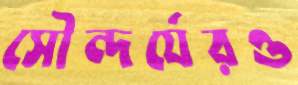
সৌন্দর্যেরও